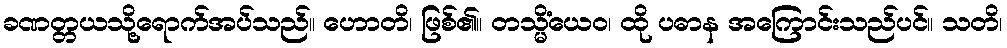
ခဏတ္တယသို့ရောက်အပ်သည်။ ဟောတိ၊ ဖြစ်၏။ တသ္မိံယေဝ၊ ထို ပဓာန အကြောင်းသည်ပင်။ သတိ၊